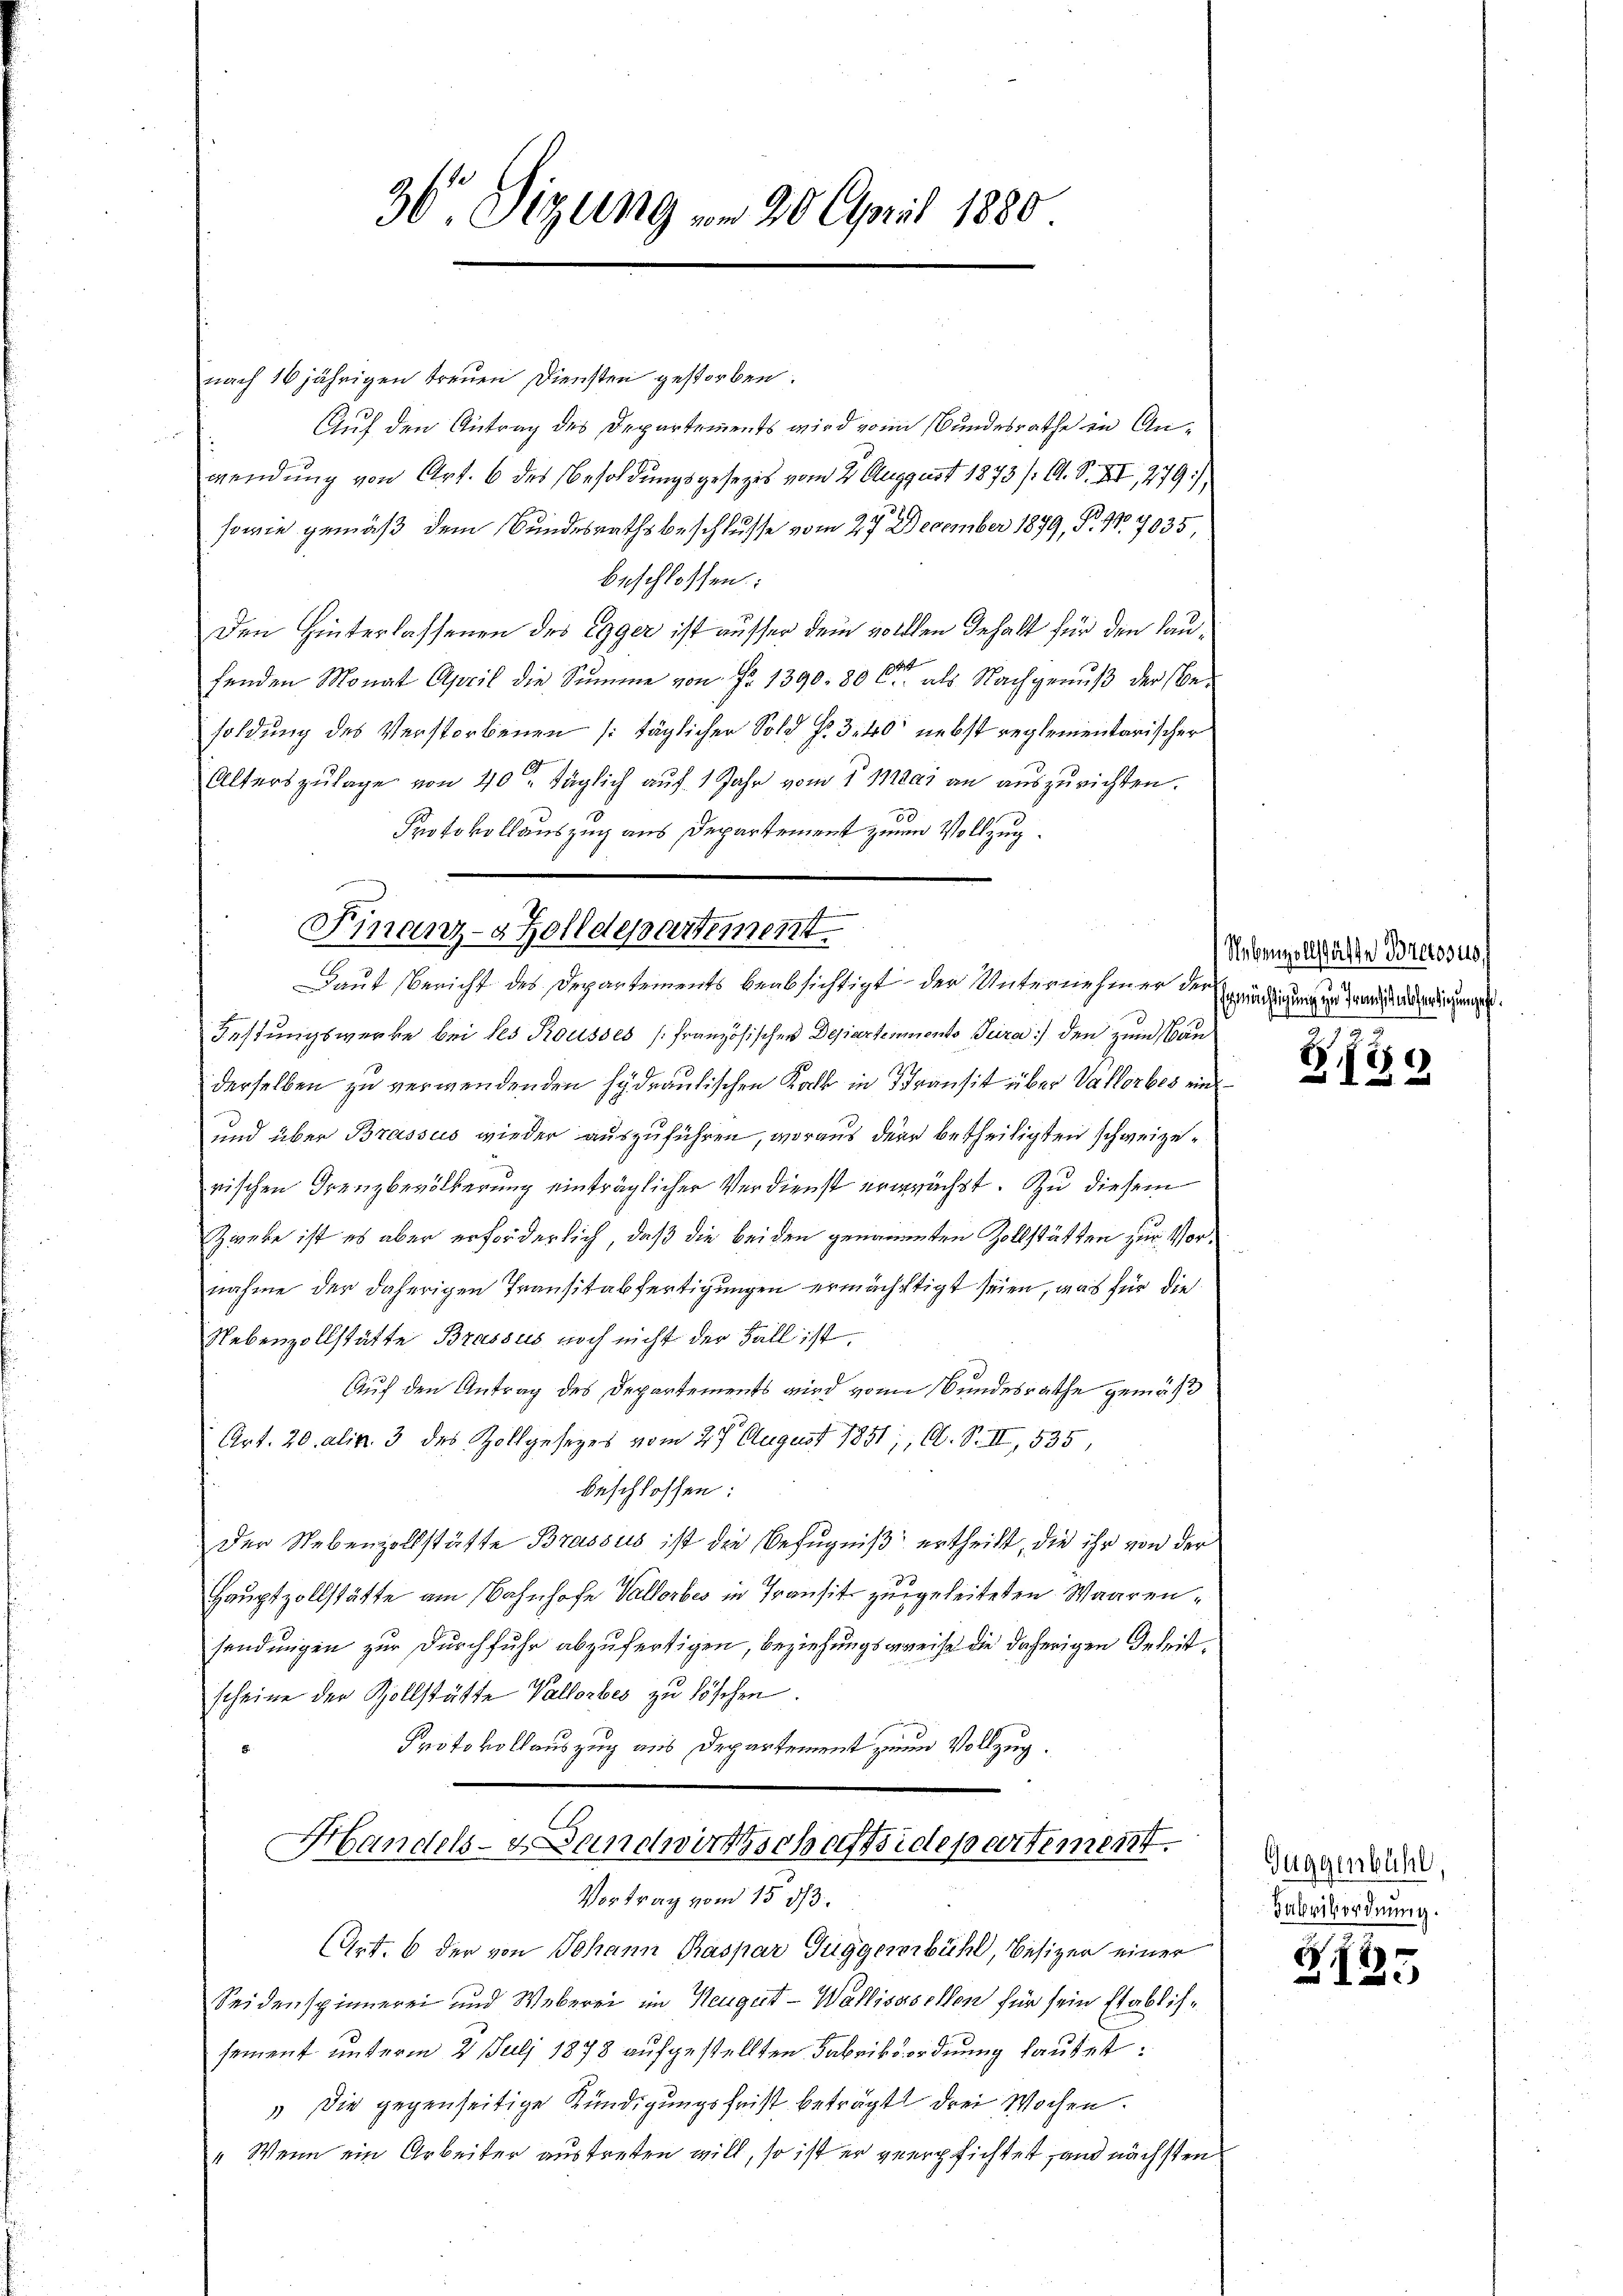
nach 16 jährigen treuen Diensten gestorben.
Auf den Antrag des Departements wird von Bundesrathe in Anwendung von Art. 6 des Besoldungsgesezes vom 2. August 1873 / A. S. XI, 279),
sowie gemäß dem Bundesrathsbeschlusse vom 27. December 1899, P. Nr. 7035,
beschlossen:
Den Hinterlassenen des Egger ist ausser dem vollen Inhalt für den Laufenden Monat April die Summe von Fr. 1390. 80 Cts. als Nachgenuß der Besoldung des Verstorbenen /: täglicher Sold §. 3.40 nebst reglementarischer
Alterszŭlage von 40 täglich auf 1 Jahr vom 1. Mai an auszurichten.
Protokollauszug aus Departement zum Vollzug.
Festungswerke bei les Rousses (französischen Departemento Tuira:) den zum Bauderselben zu verwendenden Hydrantischen Kalk in Transit über Vallorbes ein
und über Brassus wieder auszuführen, woraus der betheiligten schweizerischen Frenzbevölkerung einträglicher Verdienst erwächst. Zu diesem
Zweke ist es aber erforderlich, daß die beiden genannten Zollstätten zur Vornahme der daherigen Transitabfertigungen ermächtigt seien, was für die
Nebenzollstätte Brassus noch nicht der Fall ist.
Auf den Antrag des Departements wird von Bundesrathe gemäß
Art. 20. alin. 3 des Zollgesezes vom 27. August 1851; O. S. II, 535,
beschlossen:
Der Nebenzollstätte Brassus ist die Befugniß ertheilt, die ihr von der
Hauptzollstätte am Bahnhofe Vallorbes in Transit zugeleiteten Waarensendungen zur Durchfuhr abzufertigen, beziehungsgereise die daherigen Geleitscheine der Zollstätte Vallorbes zu löschen.
Protokollauszug aus Departement zum Vollzug.
Handels- & Landwirthschaftsidepartement.
Vortrag vom 15. ds.
Art. 6 der von Johann Kaspar Guggenbühl, Besizer einer
Seidenspinnerei und Weberei im Neugut - Wallisasellen für sein Etablissement unterm 2. Juli 1878 aufgestellten Fabriksordnung lautet:
 Die gegenseitige Kündigungsfrist beträgt drei Wochen.
" Wenn ein Arbeiter austreten will, so ist er verpflichtet, und nächsten

36 Sizung vom 20. April 1880

Finanz-Zolldepartement
Daut Bericht des Departements beabsichtigt, der Unternehmen der Expedigung in dann abgedingungen

Nebenzollschäfte Bretosus

S. 120

Guggenbühl,
Fabrikordnung.

Z. 125